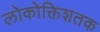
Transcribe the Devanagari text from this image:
लोकोक्तिशतक